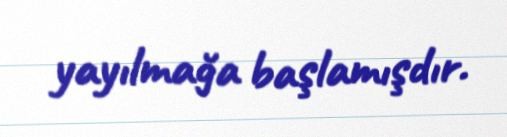
yayılmağa başlamışdır.